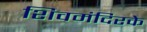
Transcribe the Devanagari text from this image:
शिवमंदिरके